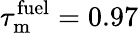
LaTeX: \tau_{\mathrm{m}}^{\mathrm{fuel}}=0.97